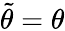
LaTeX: \tilde{\theta}=\theta